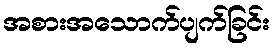
အစားအသောက်ပျက်ခြင်း